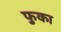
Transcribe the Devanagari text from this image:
फुका